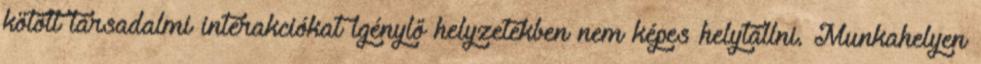
kötött társadalmi interakciókat igénylő helyzetekben nem képes helytállni. Munkahelyen